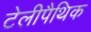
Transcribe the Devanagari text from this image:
टेलीपैथिक